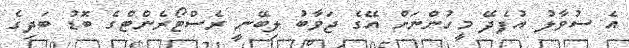
އެ ސުވާލު އުފެދޭ މީހުންނަށް އޭގެ ޖަވާބު ލިބޭނީ ރެސްޓޯރެންޓްގެ ބޮޑު ބަދިގެ